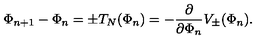
\Phi _ { n + 1 } - \Phi _ { n } = \pm T _ { N } ( \Phi _ { n } ) = - \frac { \partial } { \partial \Phi _ { n } } V _ { \pm } ( \Phi _ { n } ) .